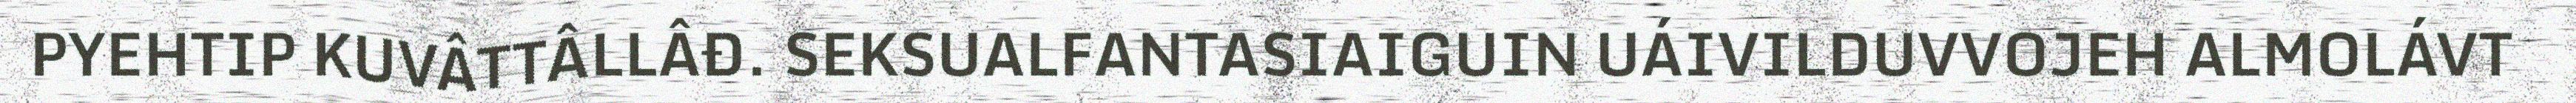
PYEHTIP KUVÂTTÂLLÂĐ. SEKSUALFANTASIAIGUIN UÁIVILDUVVOJEH ALMOLÁVT